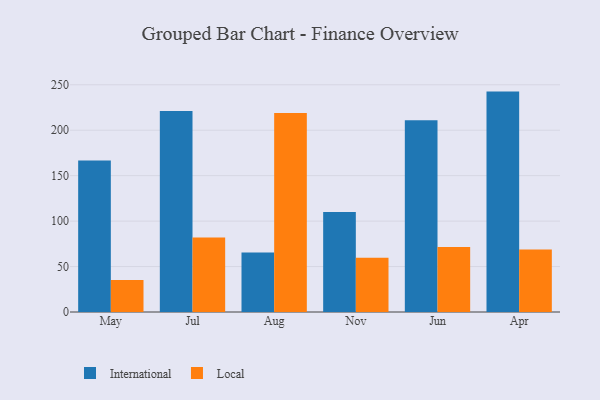
{"axis": {"x": "Month", "y": "Production Output"}, "legend": ["International", "Local"], "data": [{"x": "May", "y": 166.6, "type": "International"}, {"x": "May", "y": 35.1, "type": "Local"}, {"x": "Jul", "y": 221.1, "type": "International"}, {"x": "Jul", "y": 81.9, "type": "Local"}, {"x": "Aug", "y": 65.4, "type": "International"}, {"x": "Aug", "y": 219.0, "type": "Local"}, {"x": "Nov", "y": 110.0, "type": "International"}, {"x": "Nov", "y": 59.6, "type": "Local"}, {"x": "Jun", "y": 210.9, "type": "International"}, {"x": "Jun", "y": 71.4, "type": "Local"}, {"x": "Apr", "y": 242.5, "type": "International"}, {"x": "Apr", "y": 68.7, "type": "Local"}]}